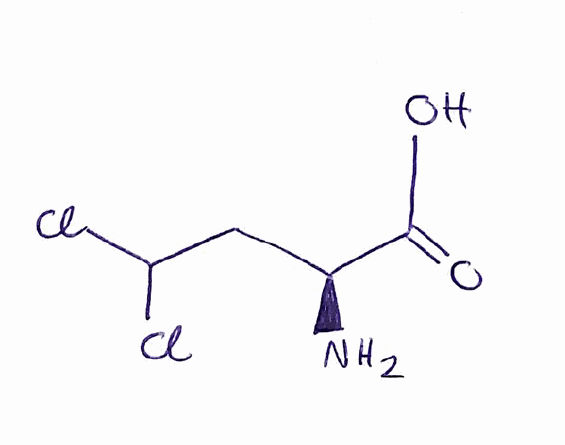
Simplified molecular-input line-entry system (SMILES) notation of the given molecule:
C([C@@H](C(=O)O)N)C(Cl)Cl